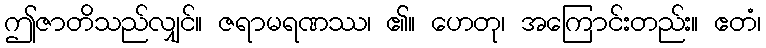
ဤဇာတိသည်လျှင်။ ဇရာမရဏဿ၊ ၏။ ဟေတု၊ အကြောင်းတည်း။ ဧတံ၊